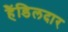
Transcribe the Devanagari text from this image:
हैंडिलदार